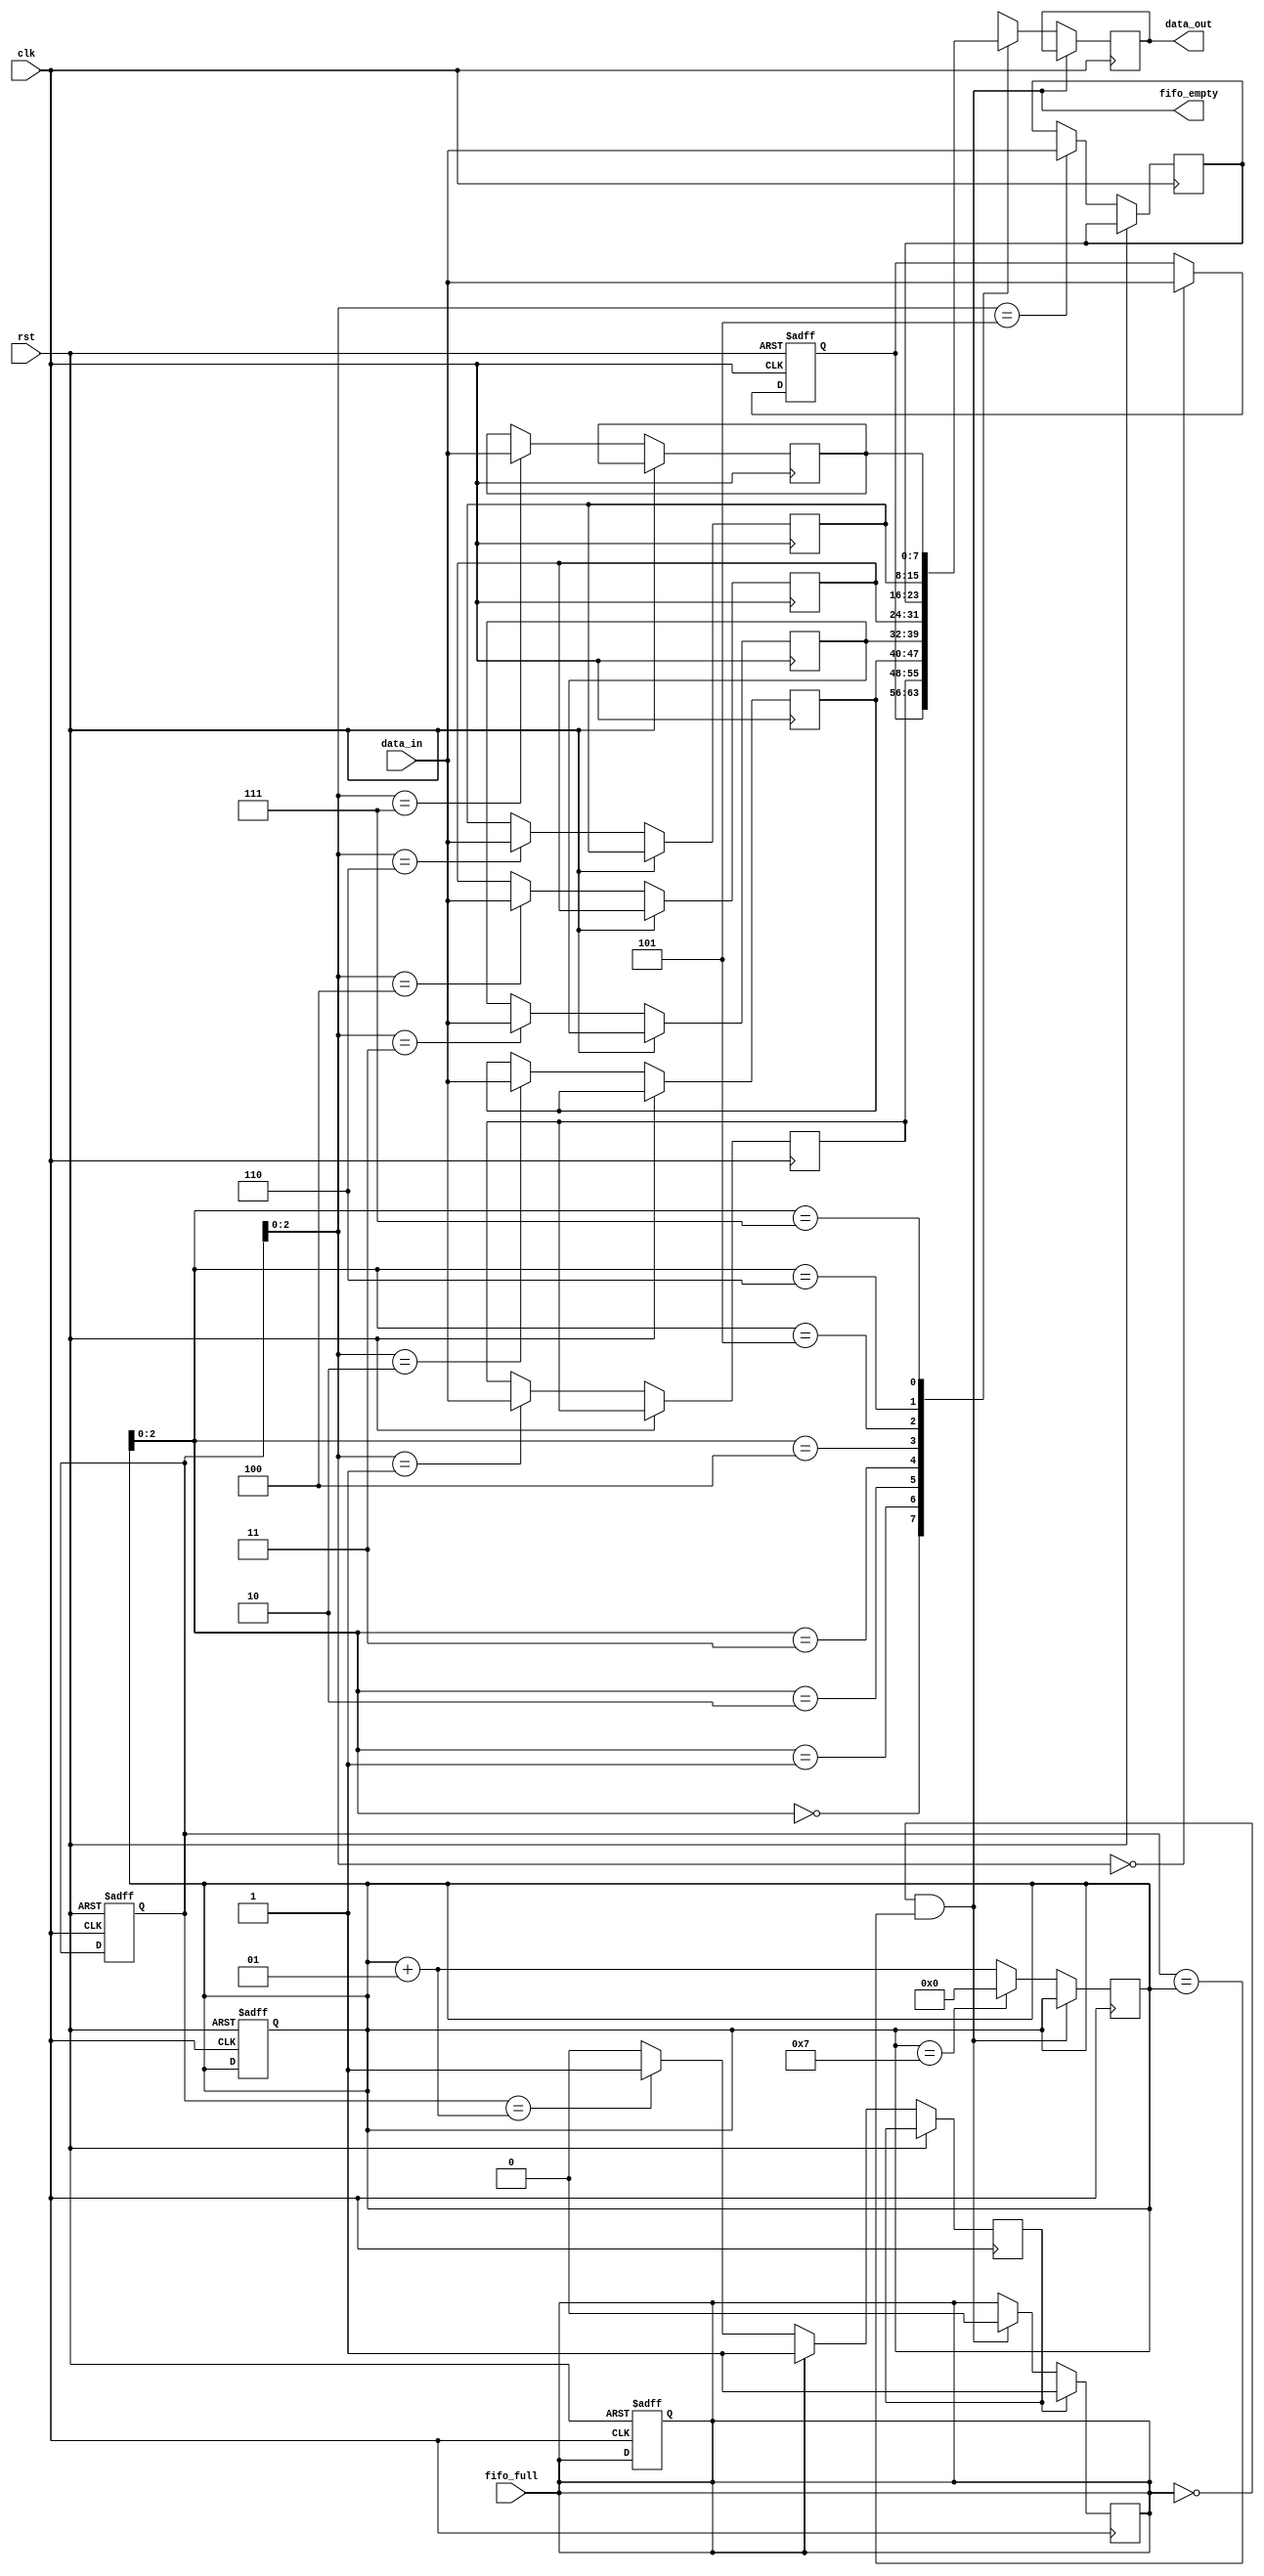
module Asynchronous_FIFO_synchronizer (
    input wire clk,
    input wire rst,
    input wire [7:0] data_in,
    output reg [7:0] data_out,
    input wire fifo_full,
    output wire fifo_empty
);

reg [7:0] fifo [0:7];

integer wr_ptr = 0;
integer rd_ptr = 0;
wire fifo_full_next;

always @(posedge clk or posedge rst) begin
    if (rst) begin
        fifo[0] <= 8'h00;
        fifo_full <= 0;
        wr_ptr <= 0;
        rd_ptr <= 0;
    end else begin
        fifo[wr_ptr] <= data_in;
        if (fifo_full) begin
            fifo_full_next <= 1;
        end else if (wr_ptr == rd_ptr + 1) begin
            fifo_full_next <= 1;
        end else begin
            fifo_full_next <= 0;
        end
    end
end

always @(posedge clk) begin
    if (fifo_full_next) begin
        fifo_full <= 1;
    end else if (!fifo_full && (wr_ptr == rd_ptr)) begin
        fifo_full <= 0;
    end
end

always @(posedge clk) begin
    if (!fifo_empty) begin
        data_out <= fifo[rd_ptr];
        rd_ptr <= (rd_ptr == 7) ? 0 : (rd_ptr + 1);
    end
end

assign fifo_empty = (wr_ptr == rd_ptr) && !fifo_full;

endmodule